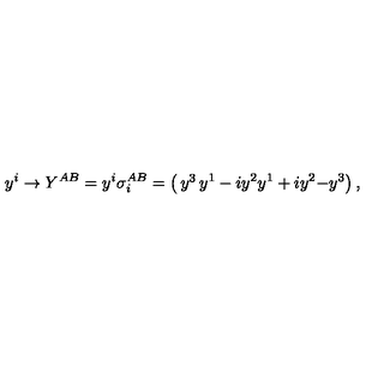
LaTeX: y ^ { i } \rightarrow Y ^ { A B } = y ^ { i } \sigma _ { i } ^ { A B } = \left( \begin{matrix} { y ^ { 3 } } & { y ^ { 1 } - i y ^ { 2 } } \\ { y ^ { 1 } + i y ^ { 2 } } & { - y ^ { 3 } } \\ \end{matrix} \right) ,